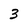
Character: 3